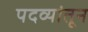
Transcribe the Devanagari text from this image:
पदव्यांतून